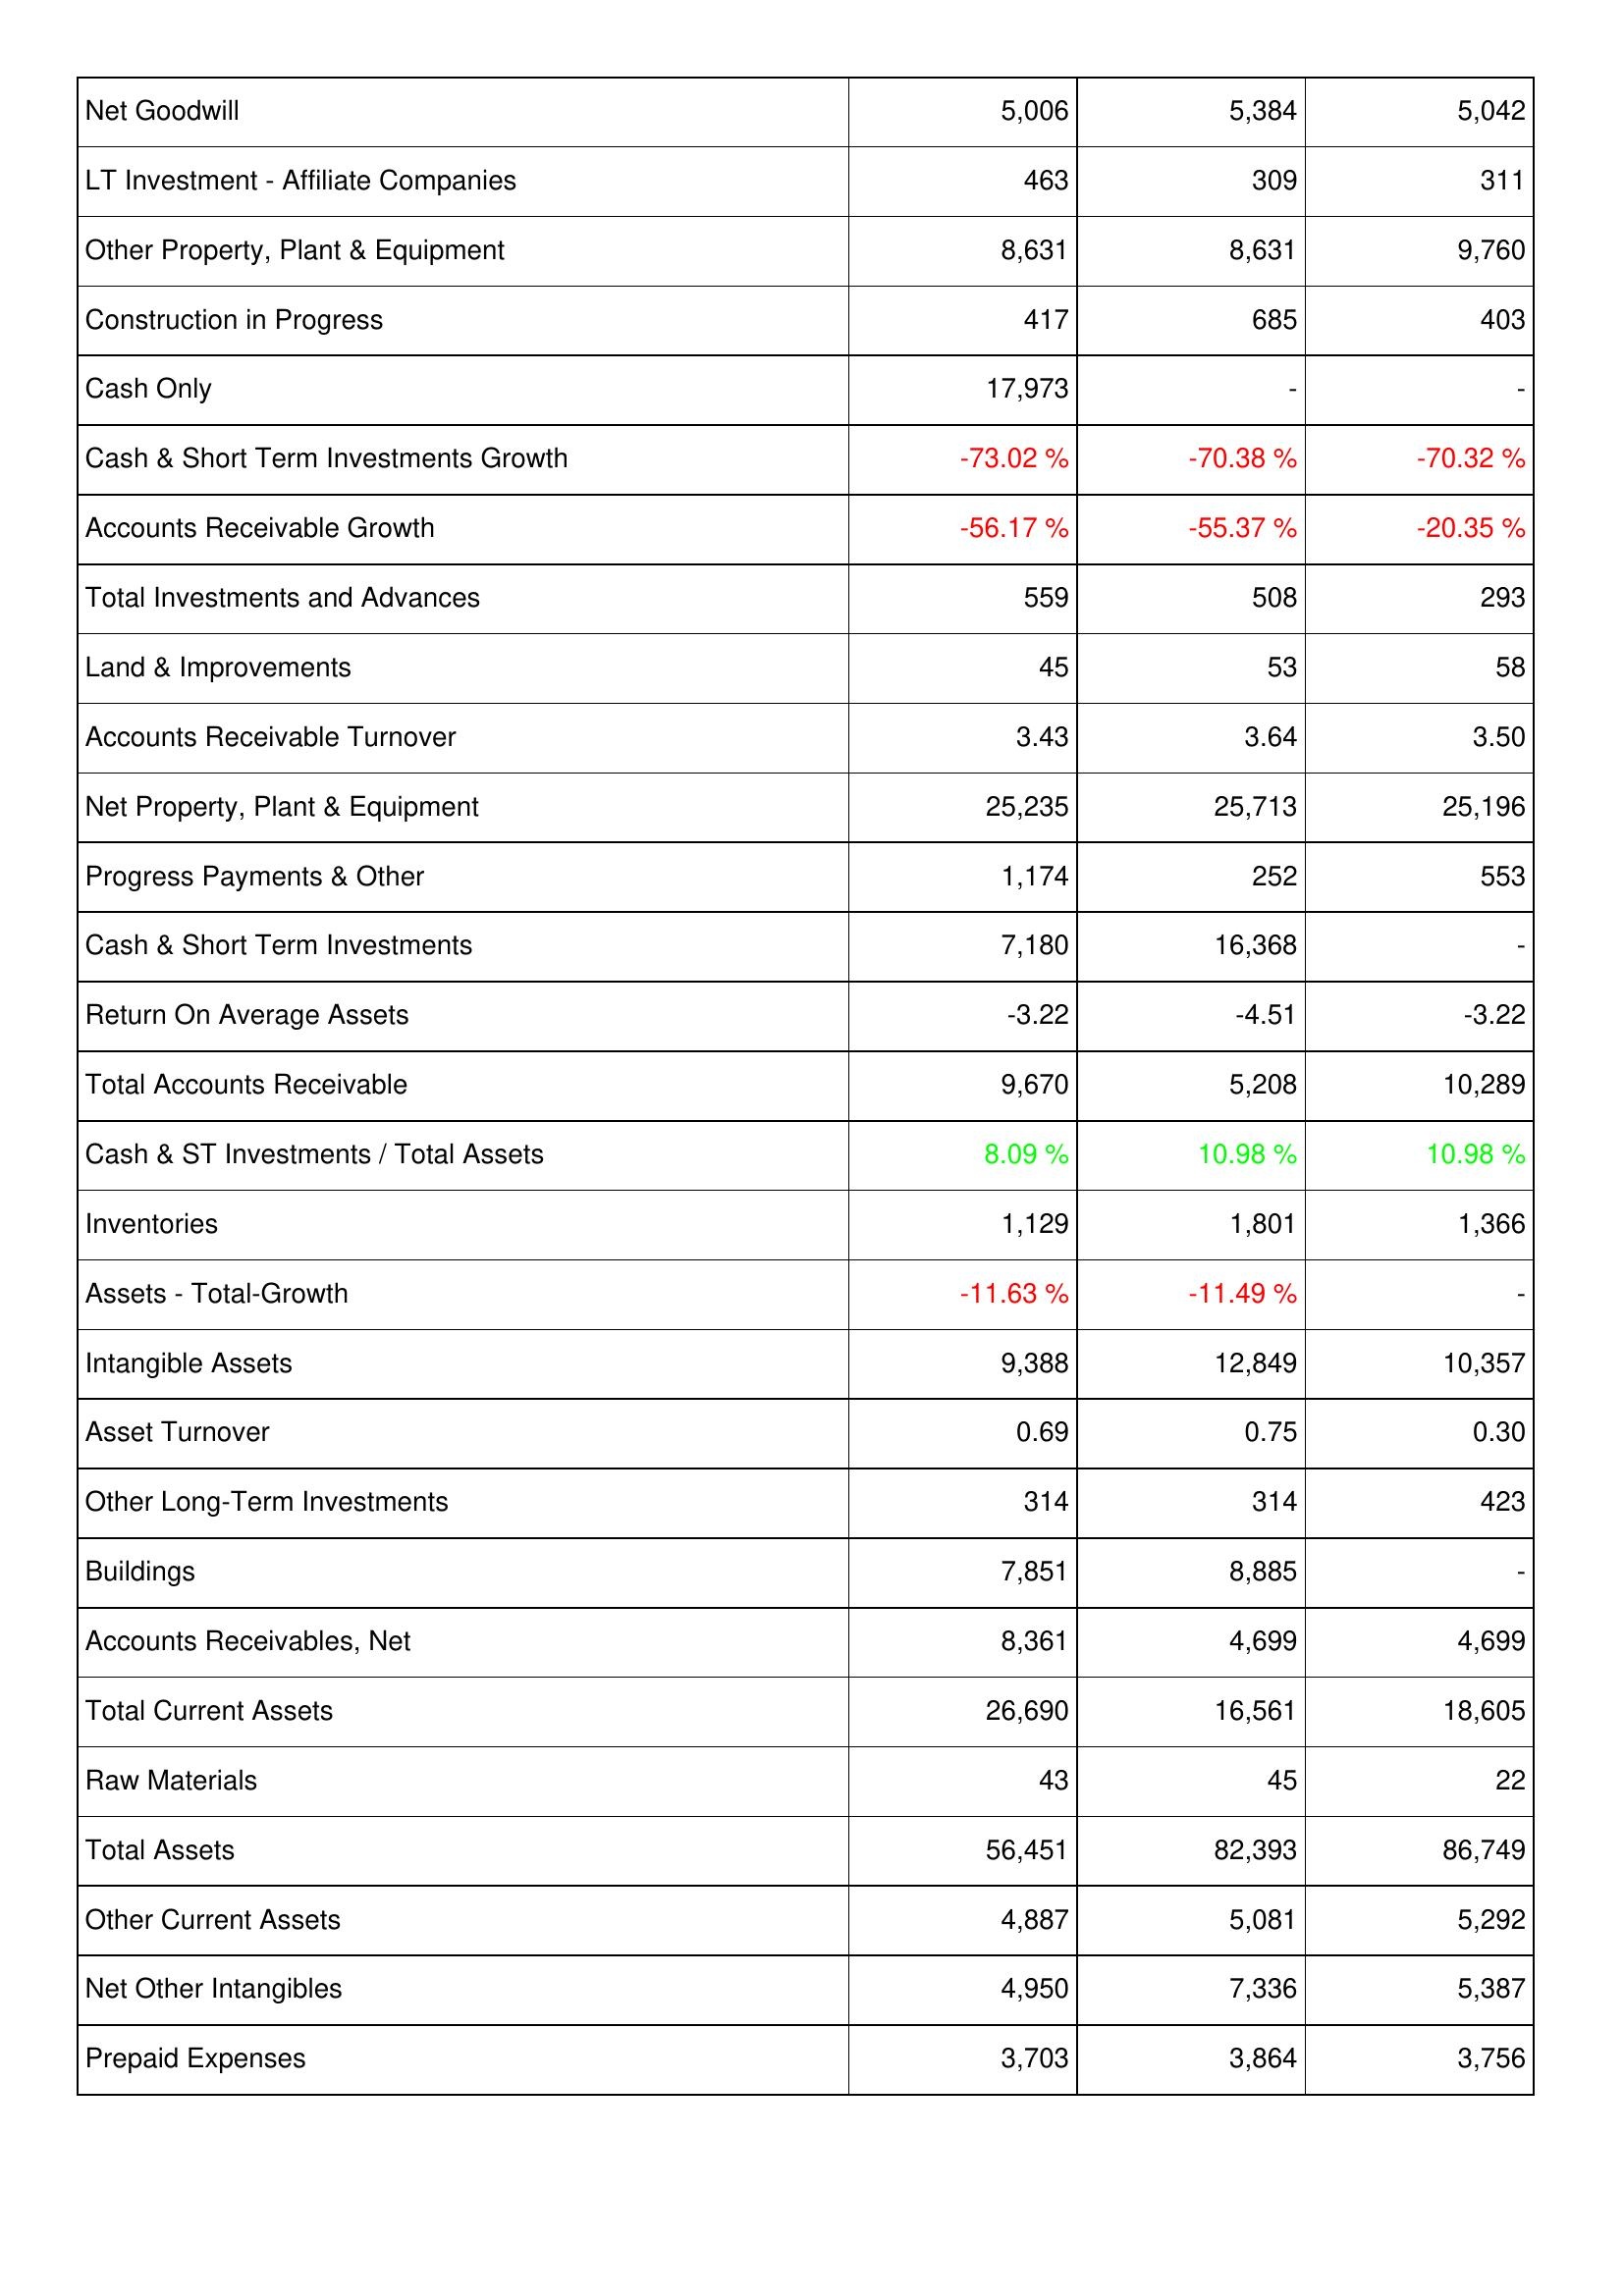
2013: Assets: Net Goodwill: 5,006
LT Investment - Affiliate Companies: 463
Other Property, Plant & Equipment: 8,631
Construction in Progress: 417
Cash Only: 17,973
Cash & Short Term Investments Growth: -73.02 %
Accounts Receivable Growth: -56.17 %
Total Investments and Advances: 559
Land & Improvements: 45
Accounts Receivable Turnover: 3.43
Net Property, Plant & Equipment: 25,235
Progress Payments & Other: 1,174
Cash & Short Term Investments: 7,180
Return On Average Assets: -3.22
Total Accounts Receivable: 9,670
Cash & ST Investments / Total Assets: 8.09 %
Inventories: 1,129
Assets - Total-Growth: -11.63 %
Intangible Assets: 9,388
Asset Turnover: 0.69
Other Long-Term Investments: 314
Buildings: 7,851
Accounts Receivables, Net: 8,361
Total Current Assets: 26,690
Raw Materials: 43
Total Assets: 56,451
Other Current Assets: 4,887
Net Other Intangibles: 4,950
Prepaid Expenses: 3,703
2014: Assets: Net Goodwill: 5,384
LT Investment - Affiliate Companies: 309
Other Property, Plant & Equipment: 8,631
Construction in Progress: 685
Cash Only: -
Cash & Short Term Investments Growth: -70.38 %
Accounts Receivable Growth: -55.37 %
Total Investments and Advances: 508
Land & Improvements: 53
Accounts Receivable Turnover: 3.64
Net Property, Plant & Equipment: 25,713
Progress Payments & Other: 252
Cash & Short Term Investments: 16,368
Return On Average Assets: -4.51
Total Accounts Receivable: 5,208
Cash & ST Investments / Total Assets: 10.98 %
Inventories: 1,801
Assets - Total-Growth: -11.49 %
Intangible Assets: 12,849
Asset Turnover: 0.75
Other Long-Term Investments: 314
Buildings: 8,885
Accounts Receivables, Net: 4,699
Total Current Assets: 16,561
Raw Materials: 45
Total Assets: 82,393
Other Current Assets: 5,081
Net Other Intangibles: 7,336
Prepaid Expenses: 3,864
2015: Assets: Net Goodwill: 5,042
LT Investment - Affiliate Companies: 311
Other Property, Plant & Equipment: 9,760
Construction in Progress: 403
Cash Only: -
Cash & Short Term Investments Growth: -70.32 %
Accounts Receivable Growth: -20.35 %
Total Investments and Advances: 293
Land & Improvements: 58
Accounts Receivable Turnover: 3.50
Net Property, Plant & Equipment: 25,196
Progress Payments & Other: 553
Cash & Short Term Investments: -
Return On Average Assets: -3.22
Total Accounts Receivable: 10,289
Cash & ST Investments / Total Assets: 10.98 %
Inventories: 1,366
Assets - Total-Growth: -
Intangible Assets: 10,357
Asset Turnover: 0.30
Other Long-Term Investments: 423
Buildings: -
Accounts Receivables, Net: 4,699
Total Current Assets: 18,605
Raw Materials: 22
Total Assets: 86,749
Other Current Assets: 5,292
Net Other Intangibles: 5,387
Prepaid Expenses: 3,756